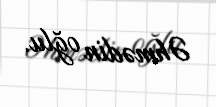
Əhmədin oğlu.